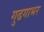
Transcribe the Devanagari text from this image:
गुढगाभर